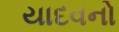
યાદવનો